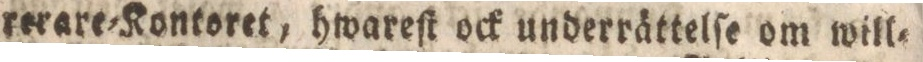
rerare=Kontoret, hwareſt ock underrättelſe om will=